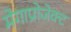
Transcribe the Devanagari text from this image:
मेगाप्रोजेक्ट